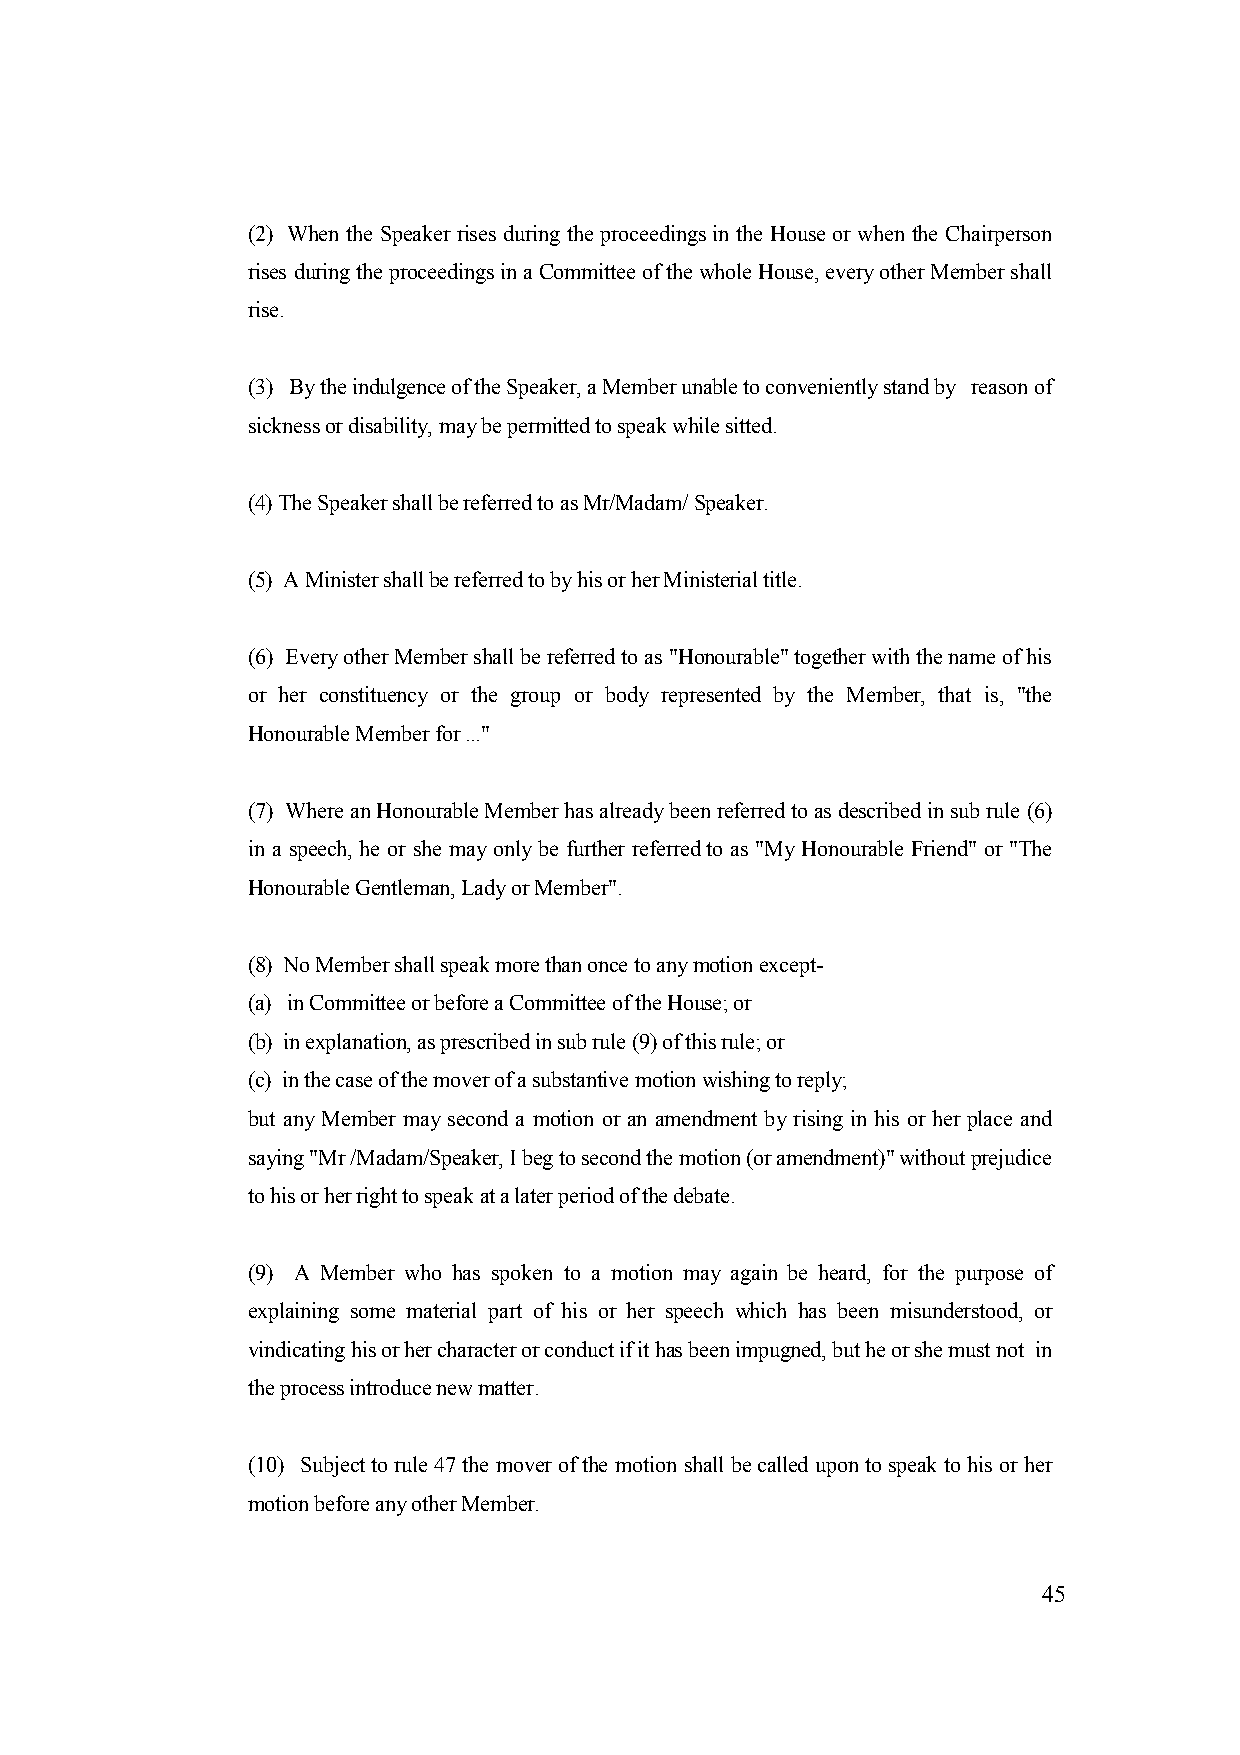
(2) When the Speaker rises during the proceedings in the House or when the Chairperson
 rises during the proceedings in a Committee of the whole House, every other Member shall
 rise.
 (3) By the indulgence of the Speaker, a Member unable to conveniently stand by reason of
 sickness or disability, may be permitted to speak while sitted.
 (4) The Speaker shall be referred to as Mr/Madam/ Speaker.
 (5) A Minister shall be referred to by his or her Ministerial title.
 (6) Every other Member shall be referred to as "Honourable" together with the name of his
 or her constituency or the group or body represented by the Member, that is, "the
 Honourable Member for ..."
 (7) Where an Honourable Member has already been referred to as described in sub rule (6)
 in a speech, he or she may only be further referred to as "My Honourable Friend" or "The
 Honourable Gentleman, Lady or Member".
 (8) No Member shall speak more than once to any motion except-
 (a) in Committee or before a Committee of the House; or
 (b) in explanation, as prescribed in sub rule (9) of this rule; or
 (c) in the case of the mover of a substantive motion wishing to reply;
 but any Member may second a motion or an amendment by rising in his or her place and
 saying "Mr /Madam/Speaker, I beg to second the motion (or amendment)" without prejudice
 to his or her right to speak at a later period of the debate.
 (9) A Member who has spoken to a motion may again be heard, for the purpose of
 explaining some material part of his or her speech which has been misunderstood, or
 vindicating his or her character or conduct if it has been impugned, but he or she must not in
 the process introduce new matter.
 (10) Subject to rule 47 the mover of the motion shall be called upon to speak to his or her
 motion before any other Member.
 45